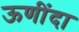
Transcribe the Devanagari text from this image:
ऊणींदा